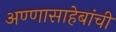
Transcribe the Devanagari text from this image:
अण्णासाहेबांची